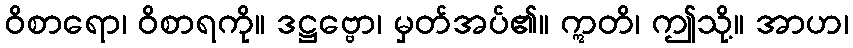
ဝိစာရော၊ ဝိစာရကို။ ဒဋ္ဌဗ္ဗော၊ မှတ်အပ်၏။ ဣတိ၊ ဤသို့။ အာဟ၊